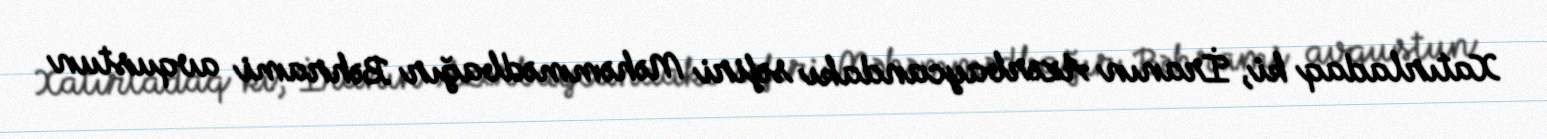
Xatırladaq ki, İranın Azərbaycandakı səfiri Məhəmmədbağır Bəhrami avqustun